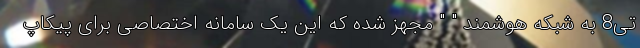
تی8 به شبکه هوشمند " " مجهز شده که این یک سامانه اختصاصی برای پیکاپ